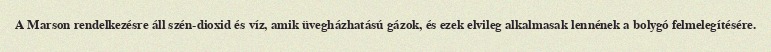
A Marson rendelkezésre áll szén-dioxid és víz, amik üvegházhatású gázok, és ezek elvileg alkalmasak lennének a bolygó felmelegítésére.